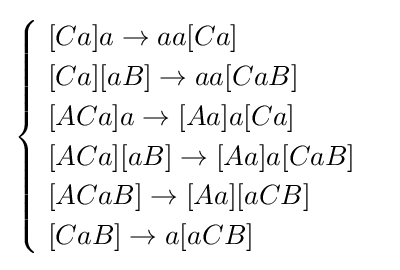
{\begin{cases}\ [Ca]a\rightarrow aa[Ca]\\\ [Ca][aB]\rightarrow aa[CaB]\\\ [ACa]a\rightarrow [Aa]a[Ca]\\\ [ACa][aB]\rightarrow [Aa]a[CaB]\\\ [ACaB]\rightarrow [Aa][aCB]\\\ [CaB]\rightarrow a[aCB]\end{cases}}